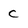
Character: c